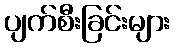
ပျက်စီးခြင်းများ